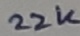
Text: 22K